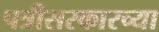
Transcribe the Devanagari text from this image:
पत्रीसरकारच्या